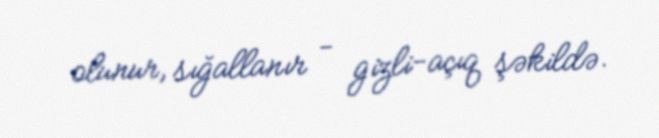
olunur, sığallanır - gizli-açıq şəkildə.